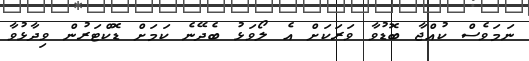
ނަމަވެސް ކުއްޖާ ބޮޑުވާ ވަރަކަށް އެ ލޯވަޅު ބެދޭނެ ކަމަށް ޑޮކްޓަރުން ވިދާޅުވާ